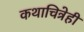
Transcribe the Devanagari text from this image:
कथाचित्रेही